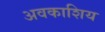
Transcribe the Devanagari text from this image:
अवकाशिय